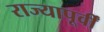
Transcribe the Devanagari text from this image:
राज्यापूर्वीं